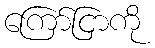
ကြော်ငြာကို